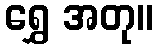
ရွှေ အတု။